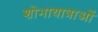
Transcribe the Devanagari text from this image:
शोभायात्राओं